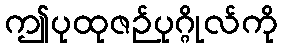
ဤပုထုဇဉ်ပုဂ္ဂိုလ်ကို